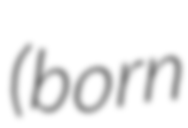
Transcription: (born